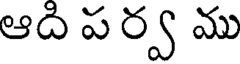
ఆది ప ర్వ ము